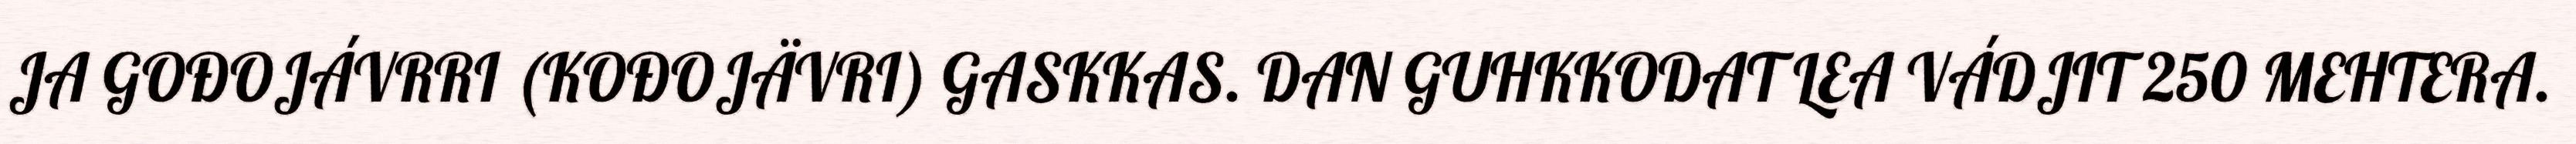
JA GOĐOJÁVRRI (KOĐOJÄVRI) GASKKAS. DAN GUHKKODAT LEA VÁDJIT 250 MEHTERA.